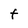
Character: t